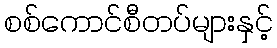
စစ်ကောင်စီတပ်များနှင့်